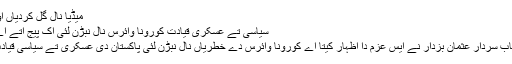
میڈیا نال گل کردیاں اوہناں دا ..اگے پڑھو
سیاسی تے عسکری قیادت کورونا وائرس نال نبڑن لئی اک پیج اُتے اے: وزیراعلیٰ پنجاب
لہور: وزیراعلیٰ پنجاب سردار عثمان بزدار نے ایس عزم دا اظہار کیتا اے کورونا وائرس دے خطریاں نال نبڑن لئی پاکستان دی عسکری تے سیاسی قیادت اک پیج اُتے ا ے۔